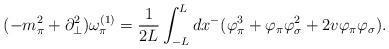
LaTeX: \begin{align*}(-m_{\pi}^{2}+\partial^{2}_{\bot})\omega^{(1)}_{\pi}=\frac{1}{2L}\int^{L}_{-L}dx^{-}(\varphi^{3}_{\pi}+\varphi_{\pi}\varphi^{2}_{\sigma}+2v\varphi_{\pi}\varphi_{\sigma}).\end{align*}